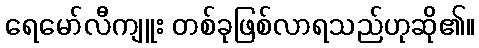
ရေမော်လီကျူး တစ်ခုဖြစ်လာရသည်ဟုဆို၏။